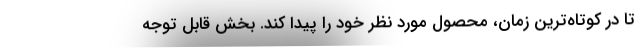
تا در کوتاه­ترین زمان، محصول مورد نظر خود را پیدا کند. بخش قابل توجه